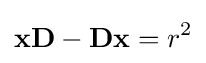
\mathbf {x} \mathbf {D} -\mathbf {D} \mathbf {x} =r^{2}